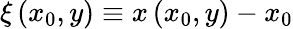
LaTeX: \xi\left(x_{0},y\right)\equiv x\left(x_{0},y\right)-x_{0}